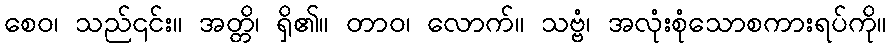
စေဝ၊ သည်၎င်း။ အတ္တိ၊ ရှိ၏။ တာဝ၊ လောက်။ သဗ္ဗံ၊ အလုံးစုံသောစကားရပ်ကို။